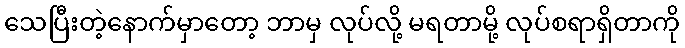
သေပြီးတဲ့နောက်မှာတော့ ဘာမှ လုပ်လို့ မရတာမို့ လုပ်စရာရှိတာကို